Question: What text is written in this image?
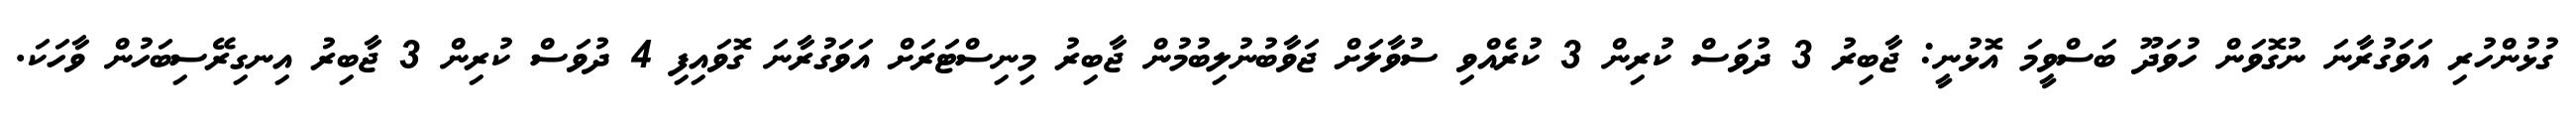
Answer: ގުޅުންހުރި އަވަގުރާނަ ނުގޮވަން ހުވަދޫ ބަސްވީމަ އޮޅުނީ: ޖާބިރު 3 ދުވަސް ކުރިން 3 ކުރެއްވި ސުވާލަށް ޖަވާބުނުލިބުމުން ޖާބިރު މިނިސްޓަރަށް އަވަގުރާނަ ގޮވައިފި 4 ދުވަސް ކުރިން 3 ޖާބިރު އިނގިރޭސިބަހުން ވާހަކަ.